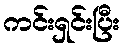
ကင်းရှင်းပြီး